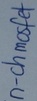
Text: n-chmosfet